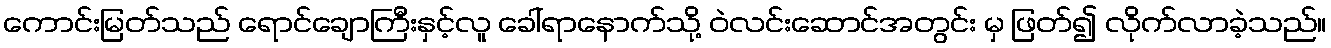
ကောင်းမြတ်သည် ရောင်ချောကြီးနှင့်လူ ခေါ်ရာနောက်သို့ ဝဲလင်းဆောင်အတွင်း မှ ဖြတ်၍ လိုက်လာခဲ့သည်။